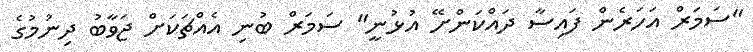
"ސަމަރް އަހަރެން ފައިސާ ދައްކަންށޭ އުޅުނީ" ސަމަރް ބުނި އެއްޗަކަށް ޖަވާބު ދިނުމުގެ